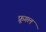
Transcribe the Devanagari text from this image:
फ्रूगल